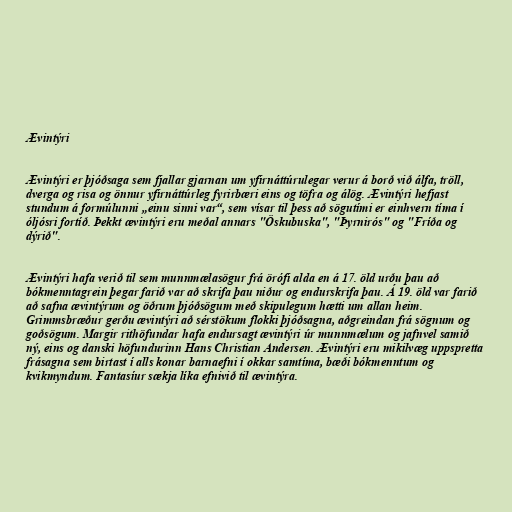
Ævintýri

Ævintýri er þjóðsaga sem fjallar gjarnan um yfirnáttúrulegar verur á borð við álfa, tröll,
dverga og risa og önnur yfirnáttúrleg fyrirbæri eins og töfra og álög. Ævintýri hefjast
stundum á formúlunni „einu sinni var“, sem vísar til þess að sögutími er einhvern tíma í
óljósri fortíð. Þekkt ævintýri eru meðal annars "Öskubuska", "Þyrnirós" og "Fríða og
dýrið".

Ævintýri hafa verið til sem munnmælasögur frá örófi alda en á 17. öld urðu þau að
bókmenntagrein þegar farið var að skrifa þau niður og endurskrifa þau. Á 19. öld var farið
að safna ævintýrum og öðrum þjóðsögum með skipulegum hætti um allan heim.
Grimmsbræður gerðu ævintýri að sérstökum flokki þjóðsagna, aðgreindan frá sögnum og
goðsögum. Margir rithöfundar hafa endursagt ævintýri úr munnmælum og jafnvel samið
ný, eins og danski höfundurinn Hans Christian Andersen. Ævintýri eru mikilvæg uppspretta
frásagna sem birtast í alls konar barnaefni í okkar samtíma, bæði bókmenntum og
kvikmyndum. Fantasíur sækja líka efnivið til ævintýra.